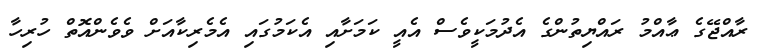
ރާއްޖޭގެ ޢާއްމު ރައްޔިތުންގެ އެދުމަކީވެސް އެއީ ކަމަށާއި އެކަމުގައި އެމެރިކާއަށް ވެވެންއޮތް ހުރިހާ